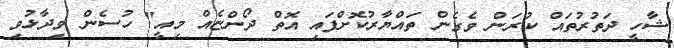
ޝާހީ ދަތުރުތައް ކުރަން ވެގެން ތައްޔާރުކޮށްފައި އޮތް ދޯންޏެއް މިއީ" ހުސެން ވިދާޅުވި